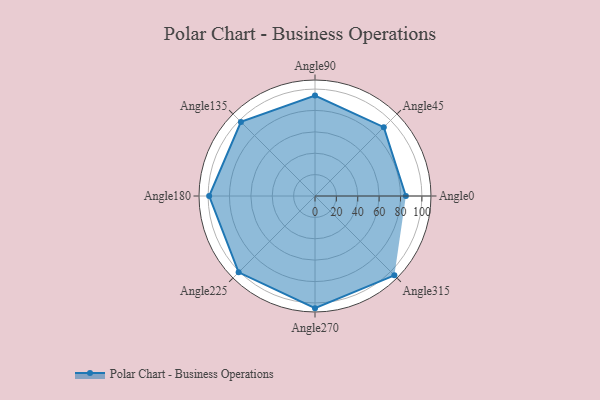
{"axis": {"x": "Angle", "y": "Radius"}, "legend": [""], "data": [{"x": "Angle0", "y": 85.0, "type": ""}, {"x": "Angle45", "y": 91.0, "type": ""}, {"x": "Angle90", "y": 94.0, "type": ""}, {"x": "Angle135", "y": 98.0, "type": ""}, {"x": "Angle180", "y": 99.0, "type": ""}, {"x": "Angle225", "y": 101.0, "type": ""}, {"x": "Angle270", "y": 105.0, "type": ""}, {"x": "Angle315", "y": 105.0, "type": ""}]}